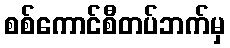
စစ်ကောင်စီတပ်ဘက်မှ